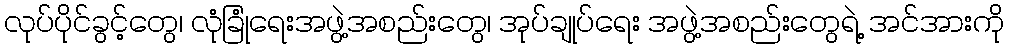
လုပ်ပိုင်ခွင့်တွေ၊ လုံခြုံရေးအဖွဲ့အစည်းတွေ၊ အုပ်ချုပ်ရေး အဖွဲ့အစည်းတွေရဲ့ အင်အားကို